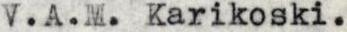
V.A.M. Karikoski.